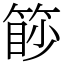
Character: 篎